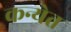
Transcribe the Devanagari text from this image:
कन्येत